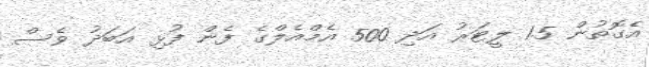
އެގޮތުން 1.5 ލީޓަރު އަދި 500 އެމްއެލްގެ ފެން ފުޅި އަބަދު ވެސް